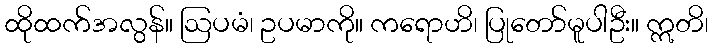
ထိုထက်အလွန်။ ဩပမံ၊ ဥပမာကို။ ကရောဟိ၊ ပြုတော်မူပါဦး။ ဣတိ၊